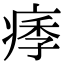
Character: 痵